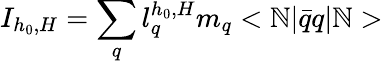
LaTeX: I_{h_{0},H}=\sum_{q}l_{q}^{h_{0},H}m_{q}<\mathbb{N}|\bar{{q}}q|\mathbb{N}>